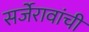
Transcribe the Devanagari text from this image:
सर्जेरावांची